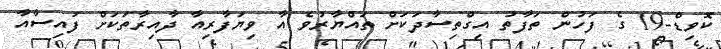
ކޮވިޑް-19 ގެ ފަހުން ތަފާތު އިގްތިސާދަކަށް ތައްޔާރުވެ އާ ވިޔަފާރިއާ ދާއިރާތަކަށް ފައިސާއާ